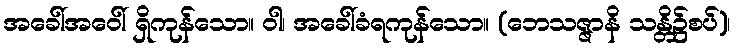
အခေါ်အဝေါ် ရှိကုန်သော။ ဝါ၊ အခေါ်ခံရကုန်သော။ (ဘေသဇ္ဇာနိ သန္တိ၌စပ်)၊